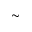
\sim